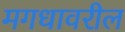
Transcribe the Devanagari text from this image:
मगधावरील